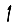
Digit: 1